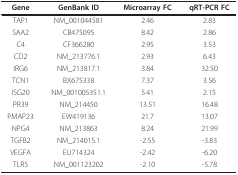
<table><thead><tr><td><b>Gene</b></td><td><b>GenBank ID</b></td><td><b>Microarray FC</b></td><td><b>qRT-PCR FC</b></td></tr></thead><tbody><tr><td>TAP1</td><td>NM_001044581</td><td>2.46</td><td>2.83</td></tr><tr><td>SAA2</td><td>CB475095</td><td>8.42</td><td>2.86</td></tr><tr><td>C4</td><td>CF366280</td><td>2.95</td><td>3.53</td></tr><tr><td>CD2</td><td>NM_213776.1</td><td>2.93</td><td>6.43</td></tr><tr><td>IRG6</td><td>NM_213817.1</td><td>3.84</td><td>32.50</td></tr><tr><td>TCN1</td><td>BX675338</td><td>7.37</td><td>3.56</td></tr><tr><td>ISG20</td><td>NM_001005351.1</td><td>5.41</td><td>2.15</td></tr><tr><td>PR39</td><td>NM_214450</td><td>13.51</td><td>16.48</td></tr><tr><td>PMAP23</td><td>EW419136</td><td>21.7</td><td>13.07</td></tr><tr><td>NPG4</td><td>NM_213863</td><td>8.24</td><td>21.99</td></tr><tr><td>TGFB2</td><td>NM_214015.1</td><td>-2.55</td><td>-3.83</td></tr><tr><td>VEGFA</td><td>EU714324</td><td>-2.42</td><td>-6.20</td></tr><tr><td>TLR5</td><td>NM_001123202</td><td>-2.10</td><td>-5.78</td></tr></tbody></table>